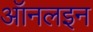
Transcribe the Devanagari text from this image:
ऑनलइन